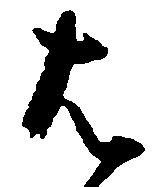
は